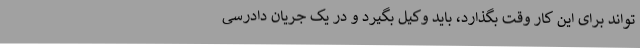
‌تواند برای این کار وقت بگذارد، باید وکیل بگیرد و در یک جریان دادرسی